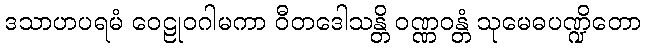
ဒသာဟပရမံ ဝေဠုဝဂါမကာ ဝီတဒေါသန္တိ ဝဏ္ဏဝန္တံ သုမေဓပဏ္ဍိတော